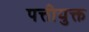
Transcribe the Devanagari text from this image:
पत्तीयुक्त